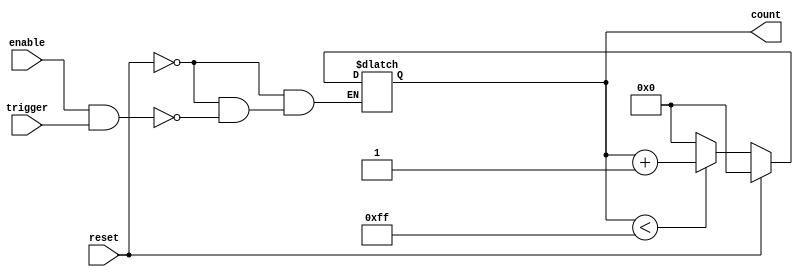
module dynamic_asynchronous_counter #(
    parameter N = 8 // Maximum count value (N), adjust as needed
) (
    input wire reset,       // Asynchronous reset signal
    input wire enable,      // Enable signal for counting
    input wire trigger,     // Trigger signal for counting
    output reg [N-1:0] count // Current count value
);

    // Maximum count value
    localparam MAX_COUNT = (1 << N) - 1; // 2^N - 1

    // Asynchronous reset and counting logic
    always @(*) begin
        if (reset) begin
            count = 0; // Reset count to 0
        end else if (enable && trigger) begin
            if (count < MAX_COUNT) begin
                count = count + 1; // Increment count
            end else begin
                count = 0; // Wrap around to 0
            end
        end
    end

endmodule